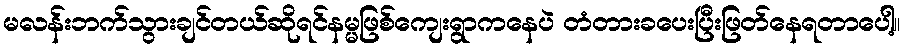
မလန်းဘက်သွားချင်တယ်ဆိုရင်နမ္မဖြစ်ကျေးရွာကနေပဲ တံတားခပေးပြီးဖြတ်နေရတာပေါ့။